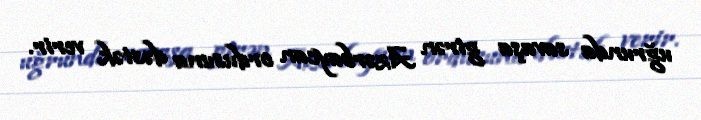
uğrunda savaşa girən Azərbaycan ordusuna dəstək verir.